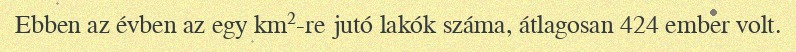
Ebben az évben az egy km²-re jutó lakók száma, átlagosan 424 ember volt.